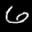
Label: 6